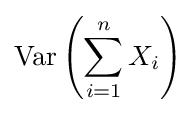
\operatorname {Var} \left(\sum _{i=1}^{n}X_{i}\right)